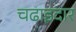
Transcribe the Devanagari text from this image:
चढाइदार